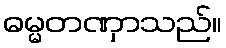
ဓမ္မတဏှာသည်။